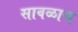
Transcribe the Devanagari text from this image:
सावळाच